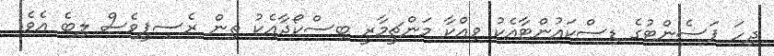
ދިހަ ޕަސެންޓުގެ ޑިސްކައުންޓާއެކު ވިއްކާ މަންޗީމާރީ ބިސްކޯދާއެކު ތިން ރެސިޕީވެސް ލިބެ އެވެ.